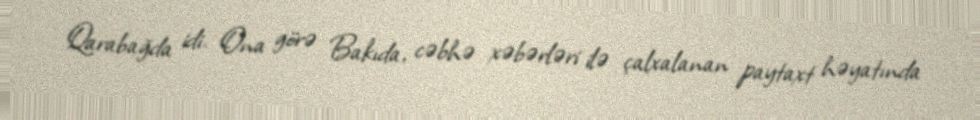
Qarabağda idi. Ona görə Bakıda, cəbhə xəbərləri ilə çalxalanan paytaxt həyatında